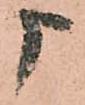
申